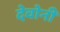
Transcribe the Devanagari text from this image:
देवोनी